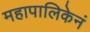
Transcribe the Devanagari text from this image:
महापालिकेनं